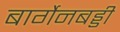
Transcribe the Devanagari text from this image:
बार्गेनबड्डी